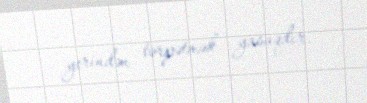
yerindən tərpətmək yasaqdır.